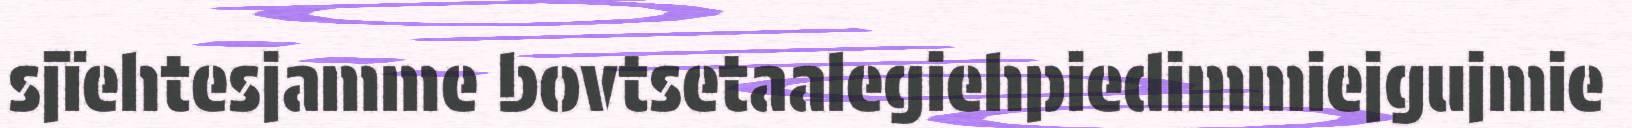
sjïehtesjamme bovtsetaalegiehpiedimmiejgujmie